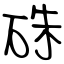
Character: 硃